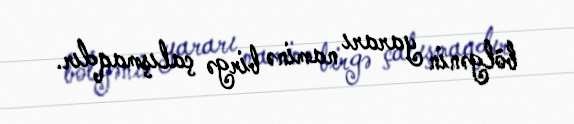
bölgənin yararı naminə birgə çalışmaqdır.